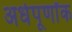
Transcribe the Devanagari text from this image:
अर्धपूर्णांक